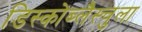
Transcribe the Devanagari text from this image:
डिस्कोब्लैस्चुला